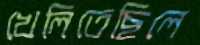
খেলিতেছিলে